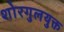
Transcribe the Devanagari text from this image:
शोरगुलयुक्त